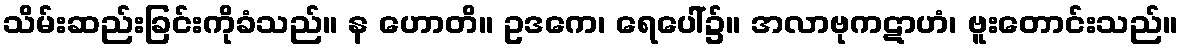
သိမ်းဆည်းခြင်းကိုခံသည်။ န ဟောတိ။ ဥဒကေ၊ ရေပေါ်၌။ အလာဗုကဋာဟံ၊ ဗူးတောင်းသည်။